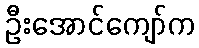
ဦးအောင်ကျော်က